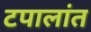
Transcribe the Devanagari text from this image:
टपालांत